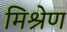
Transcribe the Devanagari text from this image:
मिश्रेण